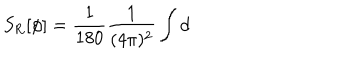
LaTeX: S _ { \mathrm { R } } [ \phi ] = \frac { 1 } { 1 8 0 } \frac { 1 } { ( 4 \pi ) ^ { 2 } } \int \mathrm { d }